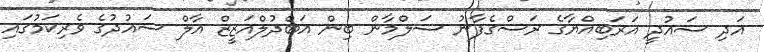
އަދި ސައުދީ އަރަބިއްޔާގެ ރަސްގެފާނު ސަލްމާން ބިން އަބްދުލްއަޒީޒް އާލް ސައުދުގެ ވެރިކަމުގައި